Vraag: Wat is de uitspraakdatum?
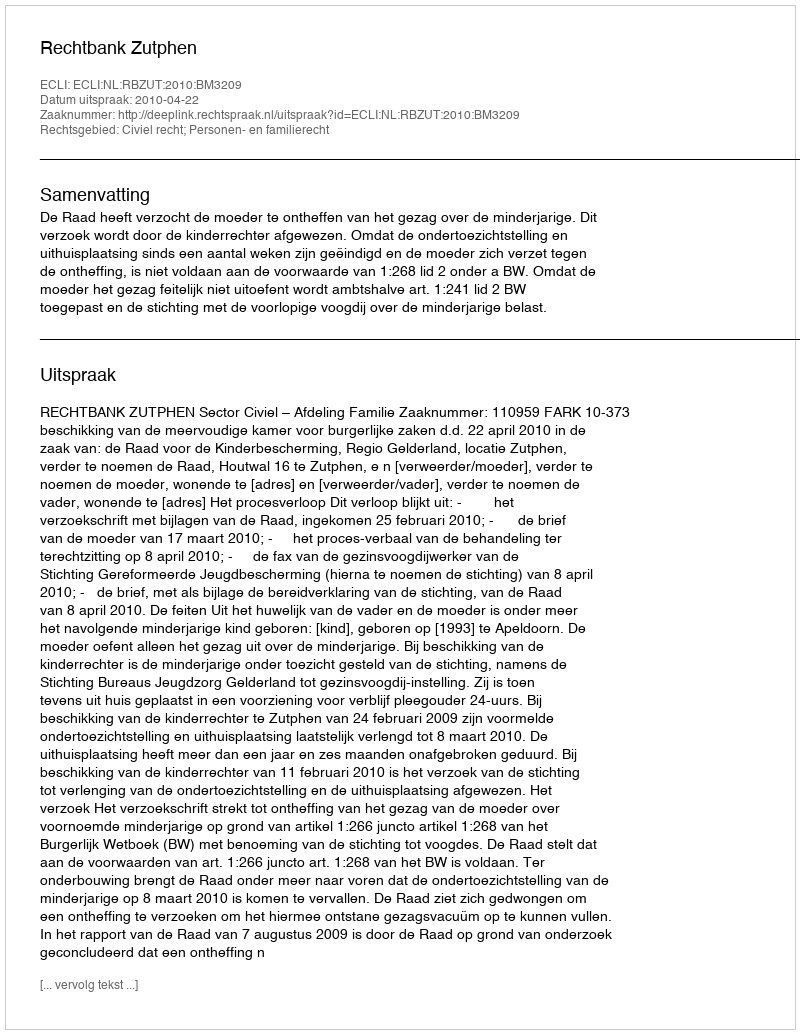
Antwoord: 2010-04-22